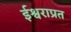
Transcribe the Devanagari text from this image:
ईश्वराप्रत